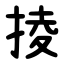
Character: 掕